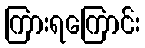
ကြားရကြောင်း